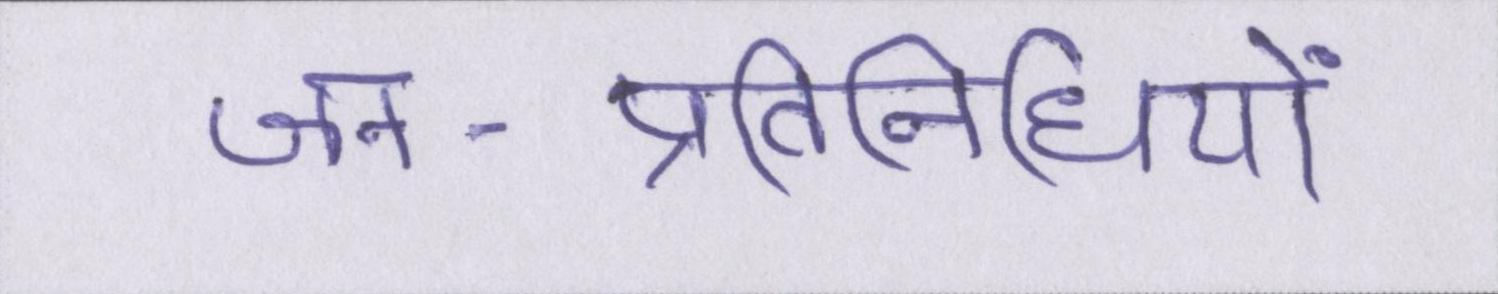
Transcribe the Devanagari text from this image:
जन-प्रतिनिधियों